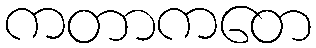
ကတာကတေ